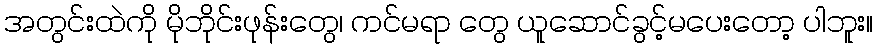
အတွင်းထဲကို မိုဘိုင်းဖုန်းတွေ၊ ကင်မရာ တွေ ယူဆောင်ခွင့်မပေးတော့ ပါဘူး။